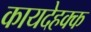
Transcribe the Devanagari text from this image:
कायदेहक्क